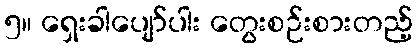
၅။ ရှေးခါပျော်ပါး တွေးစဉ်းစားတည့်